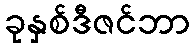
ခုနှစ်ဒီဇင်ဘာ